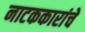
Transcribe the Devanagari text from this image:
नाटककारांचे